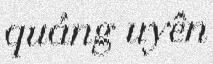
quảng uyên